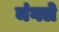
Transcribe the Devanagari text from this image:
मंगले